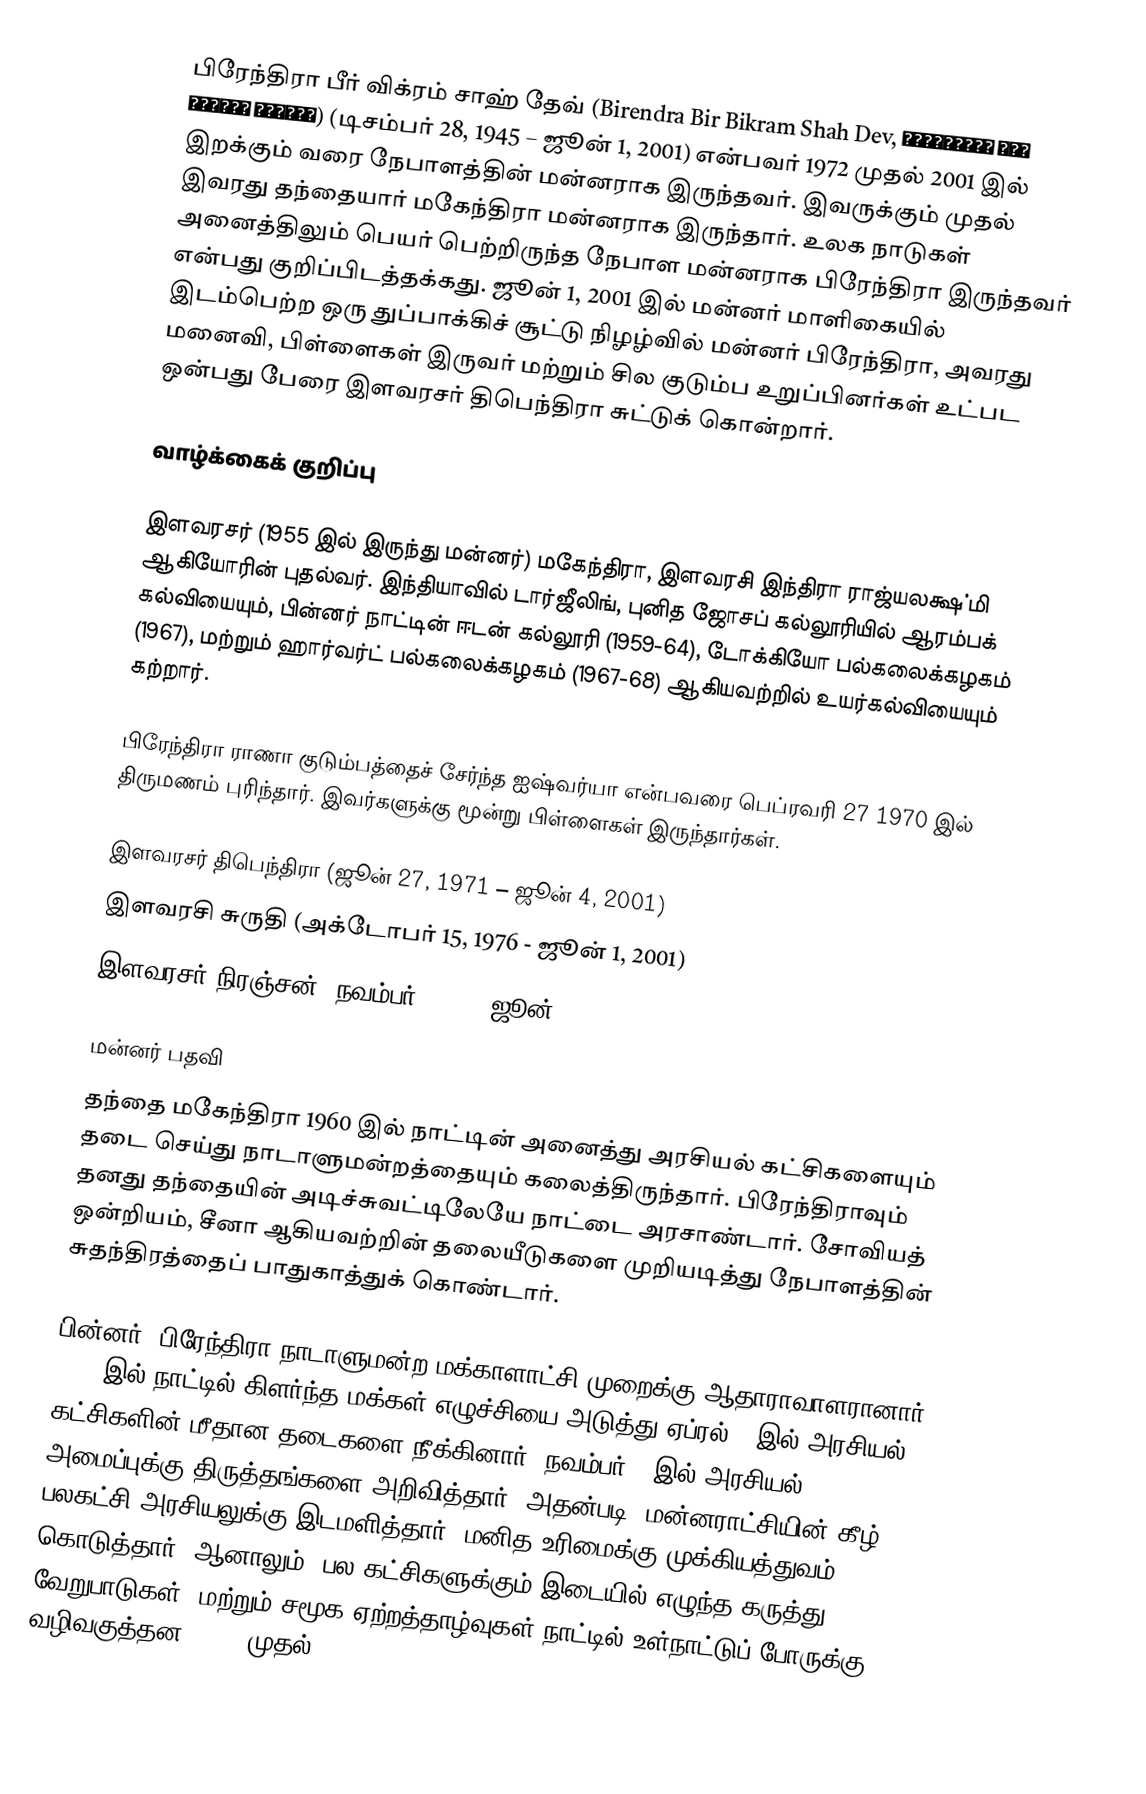
பிரேந்திரா பீர் விக்ரம் சாஹ் தேவ் (Birendra Bir Bikram Shah Dev, वीरेन्द्र वीर विक्रम शाहदेव) (டிசம்பர் 28, 1945 – ஜூன் 1, 2001) என்பவர் 1972 முதல் 2001 இல் இறக்கும் வரை நேபாளத்தின் மன்னராக இருந்தவர். இவருக்கும் முதல் இவரது தந்தையார் மகேந்திரா மன்னராக இருந்தார். உலக நாடுகள் அனைத்திலும் பெயர் பெற்றிருந்த நேபாள மன்னராக பிரேந்திரா இருந்தவர் என்பது குறிப்பிடத்தக்கது. ஜூன் 1, 2001 இல் மன்னர் மாளிகையில் இடம்பெற்ற ஒரு துப்பாக்கிச் சூட்டு நிழழ்வில் மன்னர் பிரேந்திரா, அவரது மனைவி, பிள்ளைகள் இருவர் மற்றும் சில குடும்ப உறுப்பினர்கள் உட்பட ஒன்பது பேரை இளவரசர் திபெந்திரா சுட்டுக் கொன்றார்.

வாழ்க்கைக் குறிப்பு

இளவரசர் (1955 இல் இருந்து மன்னர்) மகேந்திரா, இளவரசி இந்திரா ராஜ்யலக்ஷ்மி ஆகியோரின் புதல்வர். இந்தியாவில் டார்ஜீலிங், புனித ஜோசப் கல்லூரியில் ஆரம்பக் கல்வியையும், பின்னர் நாட்டின் ஈடன் கல்லூரி (1959-64), டோக்கியோ பல்கலைக்கழகம் (1967), மற்றும் ஹார்வர்ட் பல்கலைக்கழகம் (1967-68) ஆகியவற்றில் உயர்கல்வியையும் கற்றார்.

பிரேந்திரா ராணா குடும்பத்தைச் சேர்ந்த ஐஷ்வர்யா என்பவரை பெப்ரவரி 27 1970 இல் திருமணம் புரிந்தார். இவர்களுக்கு மூன்று பிள்ளைகள் இருந்தார்கள்.

 இளவரசர் திபெந்திரா (ஜூன் 27, 1971 – ஜூன் 4, 2001)
 இளவரசி சுருதி (அக்டோபர் 15, 1976 - ஜூன் 1, 2001)
 இளவரசர் நிரஞ்சன் (நவம்பர் 6 1977–ஜூன் 1 2001)

மன்னர் பதவி
தந்தை மகேந்திரா 1960 இல் நாட்டின் அனைத்து அரசியல் கட்சிகளையும் தடை செய்து நாடாளுமன்றத்தையும் கலைத்திருந்தார். பிரேந்திராவும் தனது தந்தையின் அடிச்சுவட்டிலேயே நாட்டை அரசாண்டார். சோவியத் ஒன்றியம், சீனா ஆகியவற்றின் தலையீடுகளை முறியடித்து நேபாளத்தின் சுதந்திரத்தைப் பாதுகாத்துக் கொண்டார்.

பின்னர், பிரேந்திரா நாடாளுமன்ற மக்காளாட்சி முறைக்கு ஆதாராவாளரானார். 1990 இல் நாட்டில் கிளர்ந்த மக்கள் எழுச்சியை அடுத்து ஏப்ரல் 8 இல் அரசியல் கட்சிகளின் மீதான தடைகளை நீக்கினார். நவம்பர் 9 இல் அரசியல் அமைப்புக்கு திருத்தங்களை அறிவித்தார். அதன்படி, மன்னராட்சியின் கீழ் பலகட்சி அரசியலுக்கு இடமளித்தார். மனித உரிமைக்கு முக்கியத்துவம் கொடுத்தார். ஆனாலும், பல கட்சிகளுக்கும் இடையில் எழுந்த கருத்து வேறுபாடுகள், மற்றும் சமூக ஏற்றத்தாழ்வுகள் நாட்டில் உள்நாட்டுப் போருக்கு வழிவகுத்தன. 1996 முதல் 2006